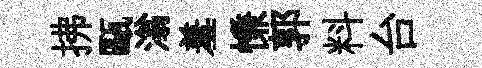
拂甌滃羞慊郭料台